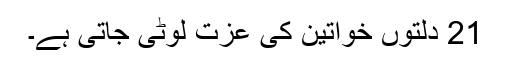
21 دلتوں خواتین کی عزت لوٹی جاتی ہے۔